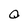
Character: o